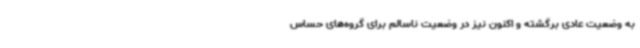
به وضعیت عادی برگشته و اکنون نیز در وضعیت ناسالم برای گروه‌های حساس